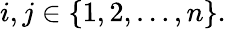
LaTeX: i,j\in\{ 1,2,\dots,n\} .